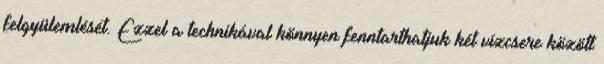
felgyülemlését. Ezzel a technikával könnyen fenntarthatjuk két vízcsere között